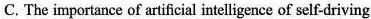
C. The importance of artificial intelligence of self-driving